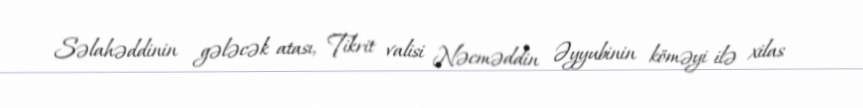
Səlahəddinin gələcək atası, Tikrit valisi Nəcməddin Əyyubinin köməyi ilə xilas